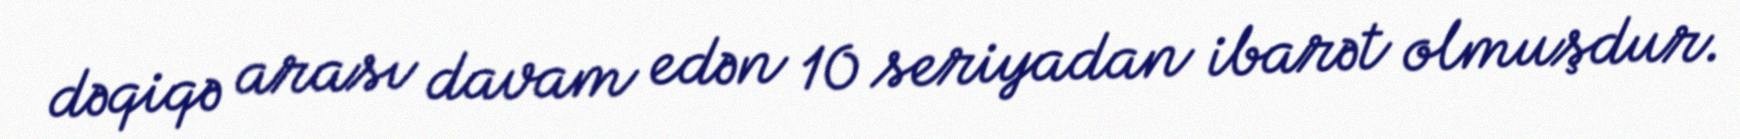
dəqiqə arası davam edən 10 seriyadan ibarət olmuşdur.